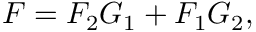
F = F _ { 2 } G _ { 1 } + F _ { 1 } G _ { 2 } ,